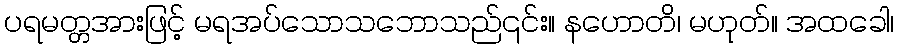
ပရမတ္တအားဖြင့် မရအပ်သောသဘောသည်၎င်း။ နဟောတိ၊ မဟုတ်။ အထခေါ၊